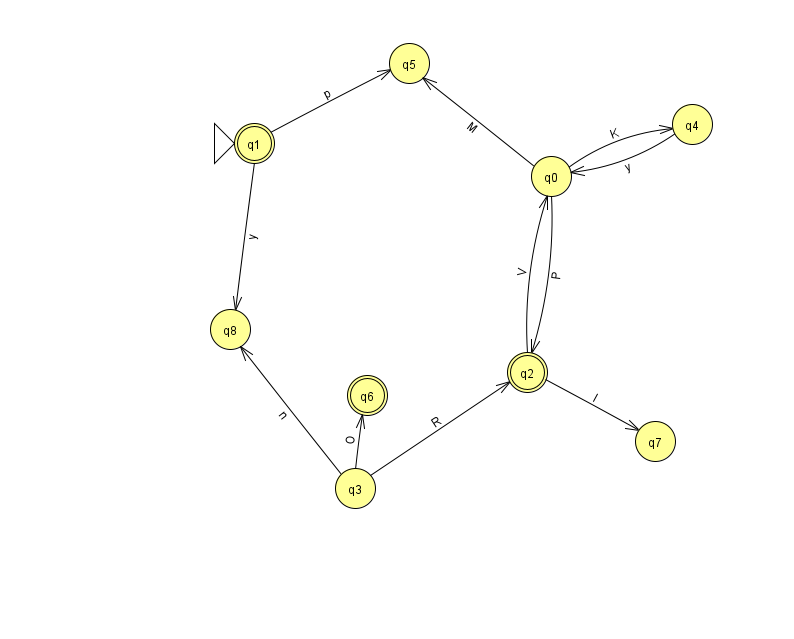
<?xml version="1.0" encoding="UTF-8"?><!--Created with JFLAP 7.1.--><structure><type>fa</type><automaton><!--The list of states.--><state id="0" name="q0"><x>551.0</x><y>163.0</y></state><state id="1" name="q1"><x>254.0</x><y>130.0</y><initial/><final/></state><state id="2" name="q2"><x>527.0</x><y>359.0</y><final/></state><state id="3" name="q3"><x>355.0</x><y>475.0</y></state><state id="4" name="q4"><x>692.0</x><y>111.0</y></state><state id="5" name="q5"><x>409.0</x><y>50.0</y></state><state id="6" name="q6"><x>367.0</x><y>382.0</y><final/></state><state id="7" name="q7"><x>655.0</x><y>428.0</y></state><state id="8" name="q8"><x>230.0</x><y>316.0</y></state><!--The list of transitions.--><transition><from>2</from><to>7</to><read>l</read></transition><transition><from>0</from><to>2</to><read>P</read></transition><transition><from>1</from><to>8</to><read>y</read></transition><transition><from>2</from><to>0</to><read>V</read></transition><transition><from>3</from><to>8</to><read>n</read></transition><transition><from>3</from><to>6</to><read>O</read></transition><transition><from>1</from><to>5</to><read>p</read></transition><transition><from>3</from><to>2</to><read>R</read></transition><transition><from>0</from><to>4</to><read>K</read></transition><transition><from>0</from><to>5</to><read>M</read></transition><transition><from>4</from><to>0</to><read>y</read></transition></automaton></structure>